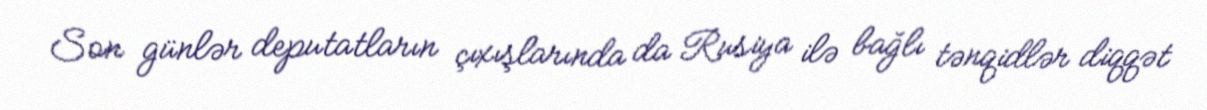
Son günlər deputatların çıxışlarında da Rusiya ilə bağlı tənqidlər diqqət